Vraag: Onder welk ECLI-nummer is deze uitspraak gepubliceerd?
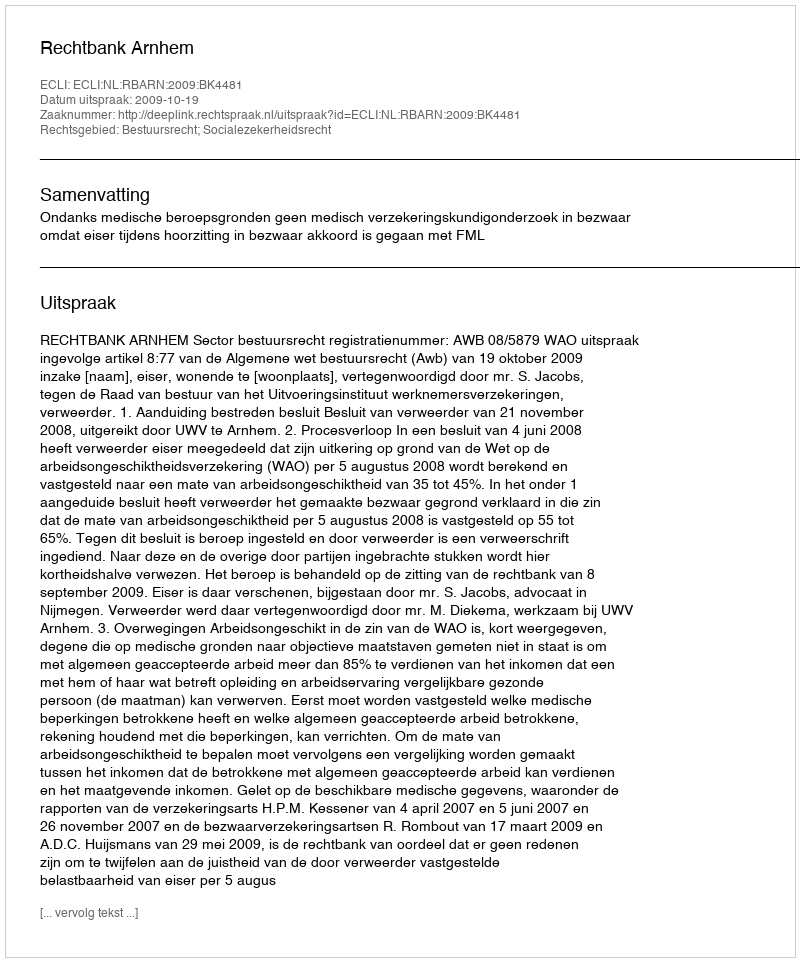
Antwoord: ECLI:NL:RBARN:2009:BK4481